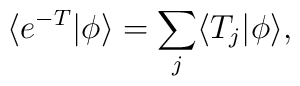
\langle e^{-T}|\phi\rangle=\sum_j \langle T_j |\phi\rangle,